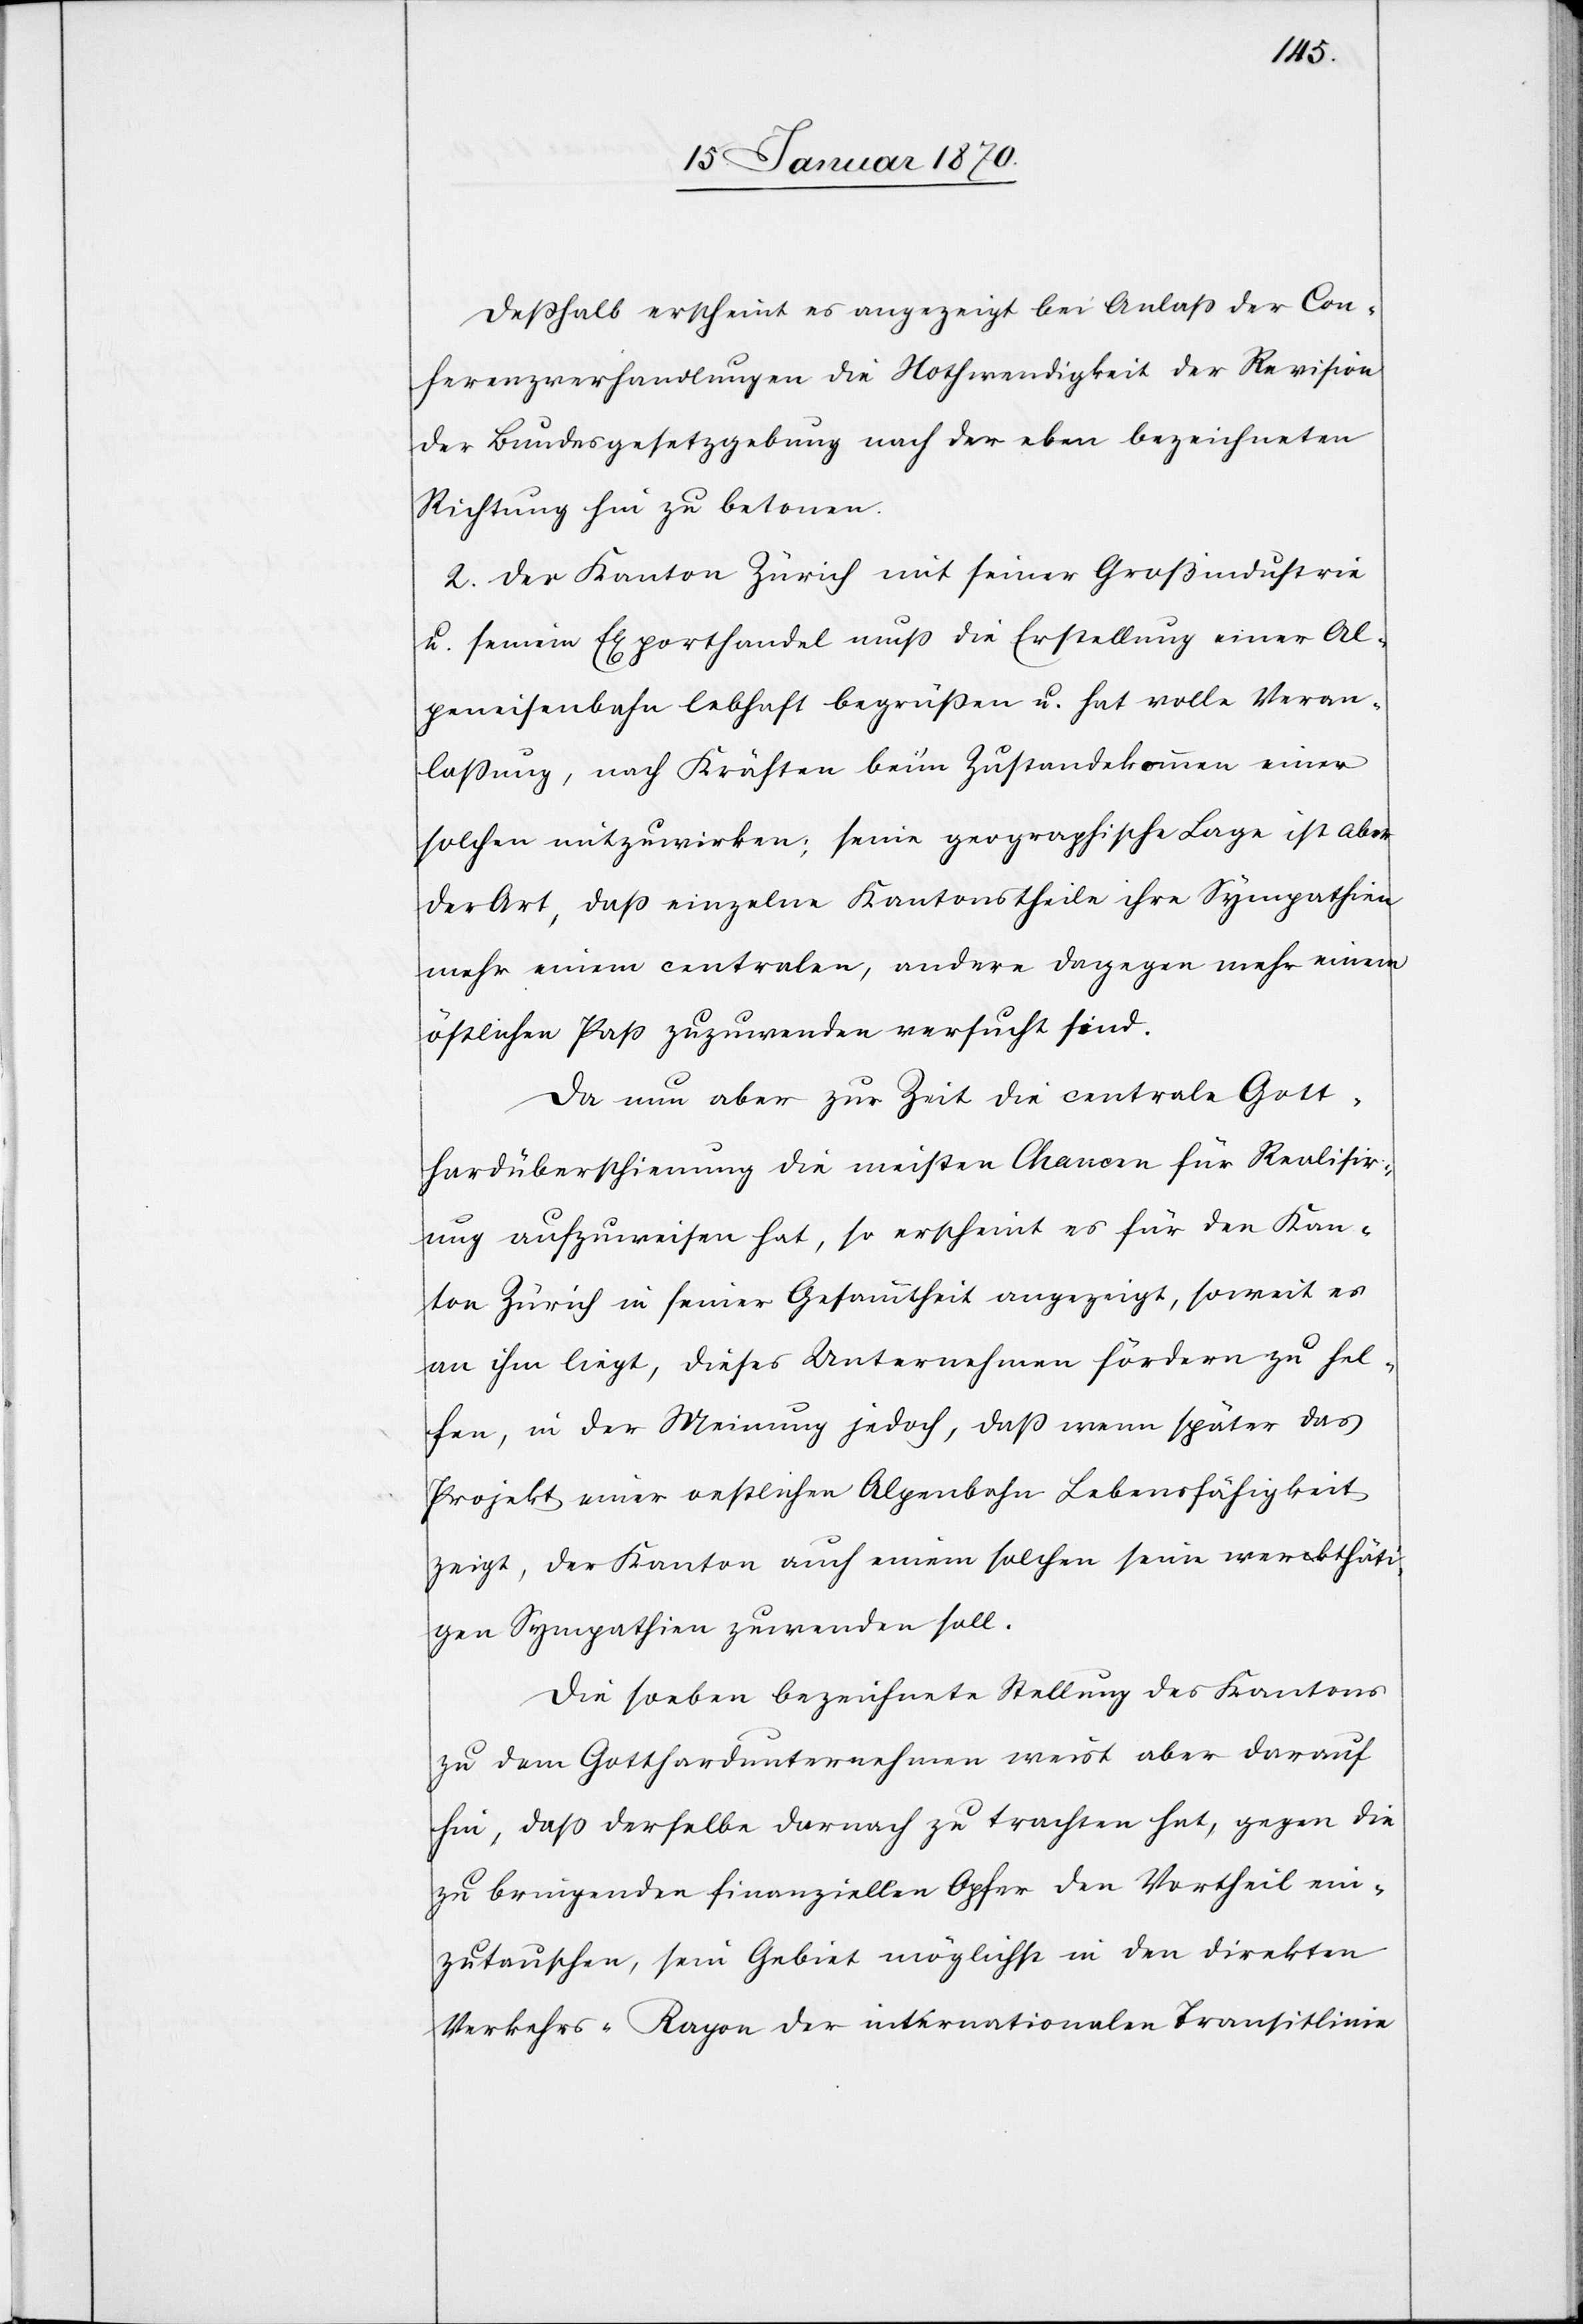
Deßhalb erscheint es angezeigt bei Anlaß der Con¬
ferenzverhandlungen die Nothwendigkeit der Revision
der Bundesgesetzgebung nach der eben bezeichneten
Richtung hin zu betonen.
2. Der Kanton Zürich mit seiner Großindustrie
u. seinem Exporthandel muß die Erstellung einer Al¬
peneisenbahn lebhaft begrüßen u. hat volle Veran¬
laßung, nach Kräften bei‘m Zustandekommen einer
solchen mitzuwirken; seine geographische Lage ist aber
der Art, daß einzelne Kantonstheile ihre Sympathien
mehr einem centralen, andere dagegen mehr einem
östlichen Paß zuzuwenden versucht sind.
Da nun aber zur Zeit die centrale Gott¬
hardüberschienung die meisten Chancen für Realisir¬
ung aufzuweisen hat, so erscheint es für den Kan¬
ton Zürich in seiner Gesammtheit angezeigt, soweit es
an ihm liegt, dieses Unternehmen fördern zu hel¬
fen, in der Meinung jedoch, daß wenn später das
Projekt einer oestlichen Alpenbahn Lebensfähigkeit
zeigt, der Kanton auch einem solchen seine werkthäti¬
gen Sympathien zuwenden soll.
Die soeben bezeichnete Stellung des Kantons
zu dem Gotthardunternehmen weist aber darauf
hin, daß derselbe darnach zu trachten hat, gegen die
zu bringenden finanziellen Opfer den Vortheil ein¬
zutauschen, sein Gebiet möglichst in den direkten
Verkehrs-Rayon der internationalen Transitlinie